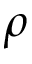
\rho